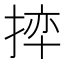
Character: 𪮊